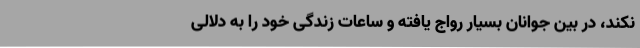
نکند، در بین جوانان بسیار رواج یافته و ساعات زندگی خود را به دلالی